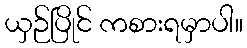
ယှဉ်ပြိုင် ကစားရမှာပါ။